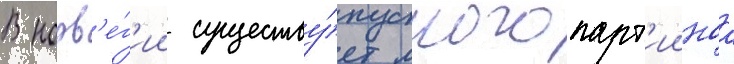
В норв'е́г'ии существу́ет многопарт'иинаа